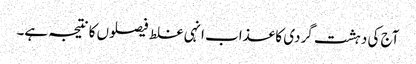
آج کی دہشت گردی کا عذاب انہی غلط فیصلوں کا نتیجہ ہے۔